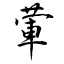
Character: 葷